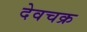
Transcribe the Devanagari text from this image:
देवचक्र